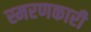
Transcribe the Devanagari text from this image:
स्मरणकारी